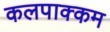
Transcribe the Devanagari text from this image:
कलपाक्कम